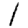
Digit: 1